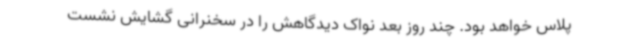
پلاس خواهد بود. چند روز بعد نواک دیدگاهش را در سخنرانی گشایش نشست